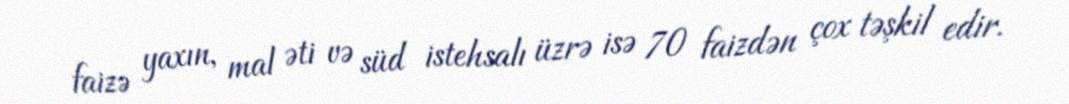
faizə yaxın, mal əti və süd istehsalı üzrə isə 70 faizdən çox təşkil edir.